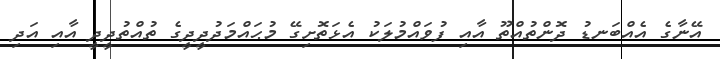
އޭނާގެ އެއްބަނޑު ދޮންތުއްތޫ އާއި ފުވައްމުލަކު އެޅަތޮށިގޭ މުޙައްމަދުދީދީގެ ތުއްތުދީދީ އާއި އަދި